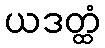
ယဒတ္ထံ